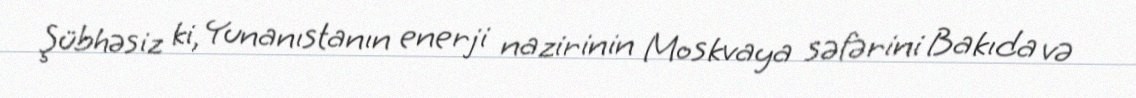
Şübhəsiz ki, Yunanıstanın enerji nazirinin Moskvaya səfərini Bakıda və